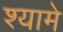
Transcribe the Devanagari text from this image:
श्यामे